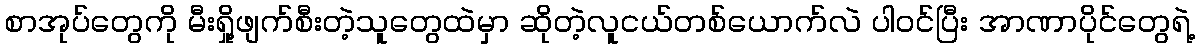
စာအုပ်တွေကို မီးရှို့ဖျက်စီးတဲ့သူတွေထဲမှာ ဆိုတဲ့လူငယ်တစ်ယောက်လဲ ပါဝင်ပြီး အာဏာပိုင်တွေရဲ့